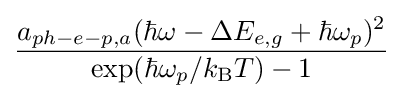
{\frac {a_{ph\mathrm {-} e\mathrm {-} p,a}(\hbar \omega -\Delta E_{e,g}+\hbar \omega _{p})^{2}}{\mathrm {exp} (\hbar \omega _{p}/k_{\mathrm {B} }T)-1}}